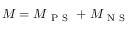
M = M _ { \ensuremath { \mathrm { ~ P ~ S ~ } } } + M _ { \ensuremath { \mathrm { ~ N ~ S ~ } } }